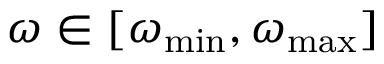
\omega \in [ \omega _ { \mathrm { m i n } } , \omega _ { \mathrm { m a x } } ]